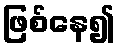
ဖြစ်နေ၍